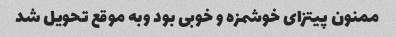
ممنون پیتزای خوشمزه و خوبی بود وبه موقع تحویل شد